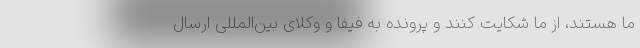
ما هستند، از ما شکایت کنند و پرونده به فیفا و وکلای بین‌المللی ارسال